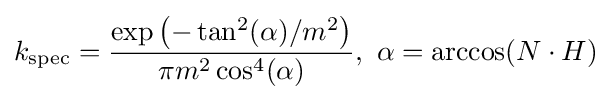
k_{\mathrm {spec} }={\frac {\exp {\left(-\tan ^{2}(\alpha )/m^{2}\right)}}{\pi m^{2}\cos ^{4}(\alpha )}},~\alpha =\arccos(N\cdot H)